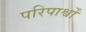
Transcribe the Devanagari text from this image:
परिपार्श्वों